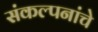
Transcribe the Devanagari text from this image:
संंकल्पनांंचे